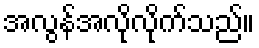
အလွန်အလိုလိုက်သည်။